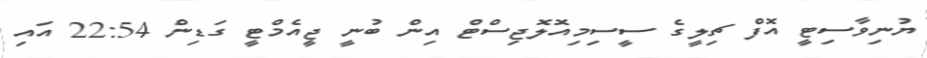
ޔުނިވާސިޓީ އޮފް ޗިލީގެ ސީސިމިއޮލޮޖިސްޓް އިން ބުނީ ޖީއެމްޓީ ގަޑިން 22:54 އައި